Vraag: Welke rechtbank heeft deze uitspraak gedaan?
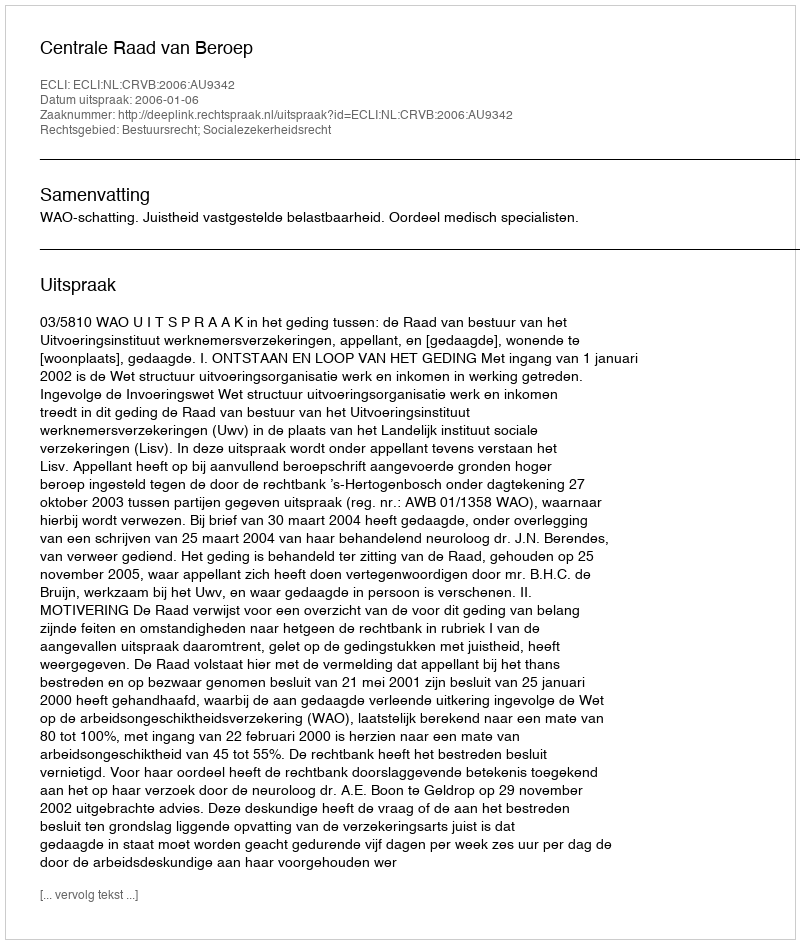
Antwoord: Centrale Raad van Beroep